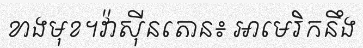
ខាងមុខ។វ៉ាស៊ីនតោន៖ អាមេរិកនឹង